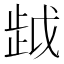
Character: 𰙯